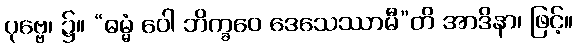
ပုဗ္ဗေ၊ ၌။ “ဓမ္မံ ဝေါ ဘိက္ခဝေ ဒေသေဿာမီ”တိ အာဒိနာ၊ ဖြင့်။